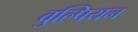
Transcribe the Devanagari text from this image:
वुल्पियन